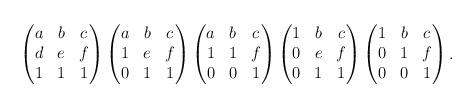
LaTeX: \begin{align*}\begin{pmatrix}a & b & c \\d & e & f \\1 & 1 & 1\end{pmatrix}\begin{pmatrix}a & b & c \\1 & e & f \\0 & 1 & 1\end{pmatrix}\begin{pmatrix}a & b & c \\1 & 1 & f \\0 & 0 & 1\end{pmatrix}\begin{pmatrix}1 & b & c \\0 & e & f \\0 & 1 & 1\end{pmatrix}\begin{pmatrix}1 & b & c \\0 & 1 & f \\0 & 0 & 1\end{pmatrix}.\end{align*}